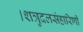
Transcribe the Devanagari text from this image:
।शत्रुदलसंहारिणी